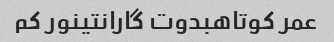
عمر کوتاهبدوت گارانتینور کم